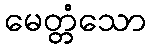
မေတ္တံသော